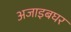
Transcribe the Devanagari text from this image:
अजाइबघर